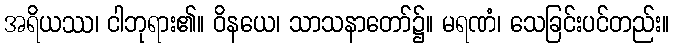
အရိယဿ၊ ငါဘုရား၏။ ဝိနယေ၊ သာသနာတော်၌။ မရဏံ၊ သေခြင်းပင်တည်း။